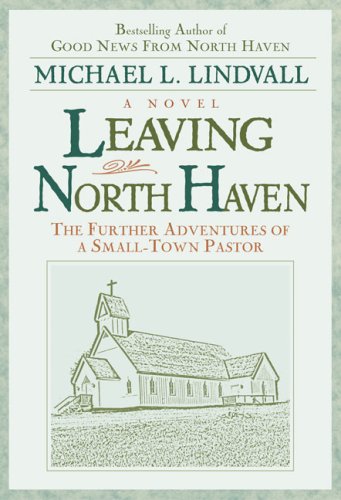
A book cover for Leaving North Haven: The Further Adventures of a Small-Town Pastor; Michael L. Lindvall; Christian Books & Bibles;